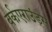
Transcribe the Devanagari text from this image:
वर्कएराउंड्स